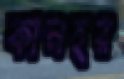
কানহর